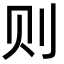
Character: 则